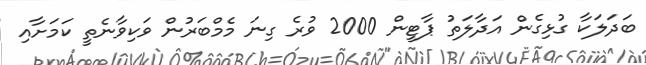
ބަދަލަކާ ގުޅިގެން އަދާލަތު ޕާޓީން 2000 ވުރެ ގިނަ މެމްބަރުން ވަކިވާނެތީ ކަމަށާއި